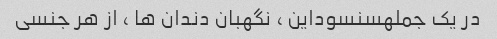
در یک جملهسنسوداین ، نگهبان دندان ها ، از هر جنسی